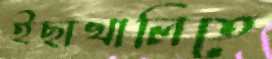
ইছাখালিতে